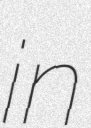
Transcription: in